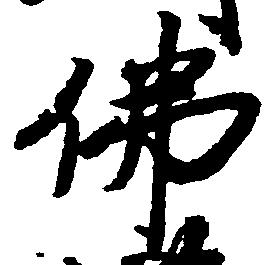
仏